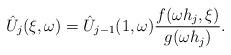
LaTeX: \begin{align*}\hat{U}_j(\xi,\omega) = \hat{U}_{j-1}(1,\omega)\frac{f(\omega h_j, \xi)}{g(\omega h_j)}. \end{align*}